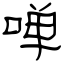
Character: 啴